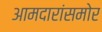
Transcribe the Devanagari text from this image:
आमदारांसमोर